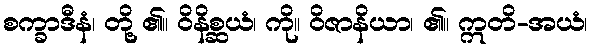
စက္ခာဒီနံ၊ တို့ ၏။ ဝိနိစ္ဆယံ၊ ကို။ ဝိဇာနိယာ၊ ၏။ ဣတိ-အယံ၊